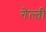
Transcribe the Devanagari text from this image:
गेल्ती